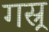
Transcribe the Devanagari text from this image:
गस्र्र